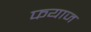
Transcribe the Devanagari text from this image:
फयाज